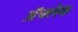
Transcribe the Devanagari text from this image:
अॅफ्लेक